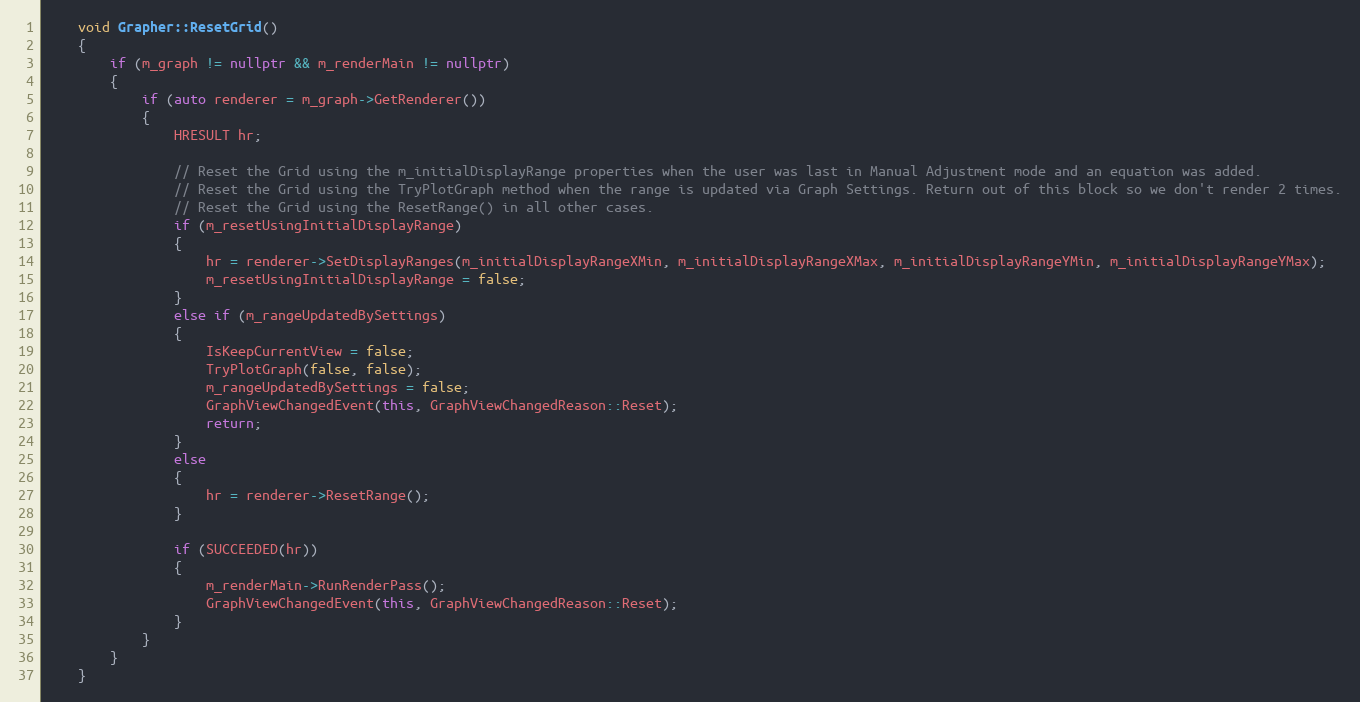
Language: C++
    void Grapher::ResetGrid()
    {
        if (m_graph != nullptr && m_renderMain != nullptr)
        {
            if (auto renderer = m_graph->GetRenderer())
            {
                HRESULT hr;

                // Reset the Grid using the m_initialDisplayRange properties when the user was last in Manual Adjustment mode and an equation was added.
                // Reset the Grid using the TryPlotGraph method when the range is updated via Graph Settings. Return out of this block so we don't render 2 times.
                // Reset the Grid using the ResetRange() in all other cases.
                if (m_resetUsingInitialDisplayRange)
                {
                    hr = renderer->SetDisplayRanges(m_initialDisplayRangeXMin, m_initialDisplayRangeXMax, m_initialDisplayRangeYMin, m_initialDisplayRangeYMax);
                    m_resetUsingInitialDisplayRange = false;
                }
                else if (m_rangeUpdatedBySettings)
                {
                    IsKeepCurrentView = false;
                    TryPlotGraph(false, false);
                    m_rangeUpdatedBySettings = false;
                    GraphViewChangedEvent(this, GraphViewChangedReason::Reset);
                    return;
                }
                else
                {
                    hr = renderer->ResetRange();
                }

                if (SUCCEEDED(hr))
                {
                    m_renderMain->RunRenderPass();
                    GraphViewChangedEvent(this, GraphViewChangedReason::Reset);
                }
            }
        }
    }